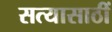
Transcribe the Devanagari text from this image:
सत्यासाठीं